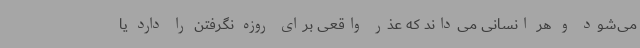
می‌شود و هر انسانی می‌داند که عذر واقعی برای روزه نگرفتن را دارد یا